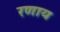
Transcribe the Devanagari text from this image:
रणाय